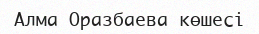
Алма Оразбаева көшесі